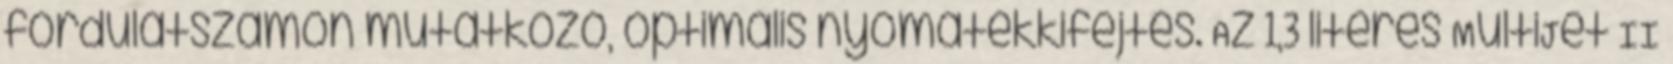
fordulatszámon mutatkozó, optimális nyomatékkifejtés. Az 1,3 literes MultiJet II